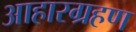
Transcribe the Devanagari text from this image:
आहारग्रहण